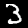
Digit: 3